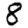
Digit: 8